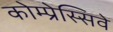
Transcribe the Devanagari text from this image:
कोम्प्रेस्सिवे